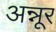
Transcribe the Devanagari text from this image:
अन्नूर